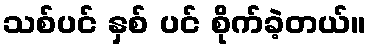
သစ်ပင် နှစ် ပင် စိုက်ခဲ့တယ်။